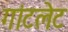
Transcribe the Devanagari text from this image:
गांटलेट